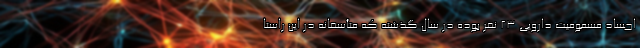
اجساد مسمومیت دارویی ۲۳ نفر بوده در سال گذشته که متأسفانه در این راستا